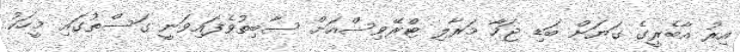
އިރު އާބެރީގެ ގަޔަށް ބަޑި ޖަހާ މަރާލި ޓްރޭވިސްއަށް ސާބިތުވެފައިވަނީ ގަސްތުގައި މީހަކު